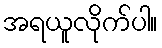
အရယူလိုက်ပါ။